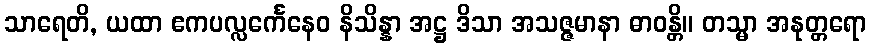
သာရေတိ, ယထာ ဧကပလ္လင်္ကေနေဝ နိသိန္နာ အဋ္ဌ ဒိသာ အသဇ္ဇမာနာ ဓာဝန္တိ။ တသ္မာ အနုတ္တရော